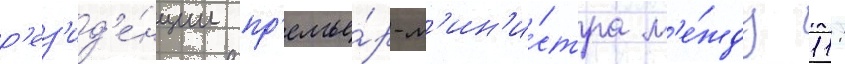
р'ез'ид'е́нции пр'емье́р-м'ин'и́стра м'е́жду 11: